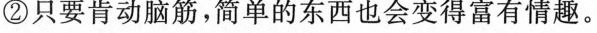
②只要肯动脑筋，简单的东西也会变得富有情趣。